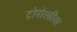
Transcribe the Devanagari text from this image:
ट्रोपोस्फ़ीयर